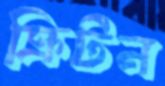
ক্রিটন